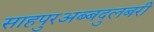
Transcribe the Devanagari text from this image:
साहपुरअब्बदुलबरी